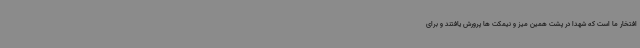
افتخار ما است که شهدا در پشت همین میز و نیمکت ها پرورش یافتند و برای